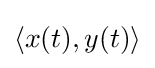
\langle x(t),y(t)\rangle